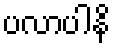
ပလာပါနိ